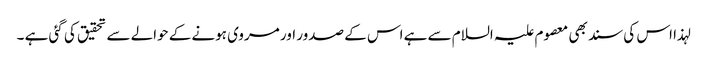
لہذا اس کی سند بھی معصوم علیہ السلام سے ہے اس کے صدور اور مروی ہونے کے حوالے سے تحقیق کی گئی ہے ۔